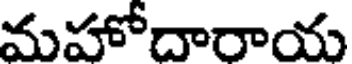
మహోదారాయ